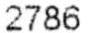
2786